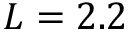
L = 2 . 2